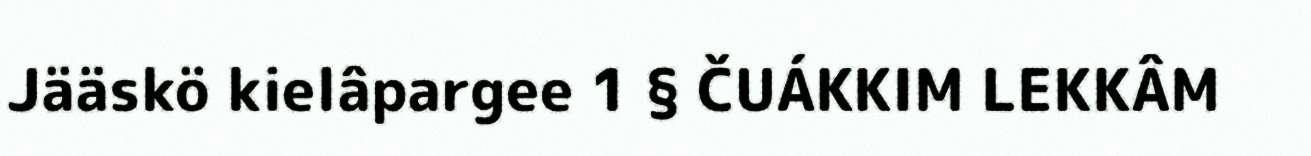
Jääskö kielâpargee 1 § ČUÁKKIM LEKKÂM